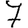
Digit: 7